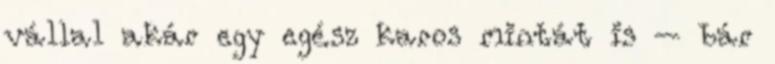
vállal akár egy egész karos mintát is – bár